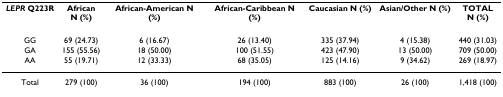
| LEPR Q223R | AfricanN (%) | African-American N (%) | African-Caribbean N (%) | Caucasian N (%) | Asian/Other N (%) | TOTALN (%) |
 | --- | --- | --- | --- | --- | --- | --- |
 | GG | 69 (24.73) | 6 (16.67) | 26 (13.40) | 335 (37.94) | 4 (15.38) | 440 (31.03) |
 | GA | 155 (55.56) | 18 (50.00) | 100 (51.55) | 423 (47.90) | 13 (50.00) | 709 (50.00) |
 | AA | 55 (19.71) | 12 (33.33) | 68 (35.05) | 125 (14.16) | 9 (34.62) | 269 (18.97) |
 | Total | 279 (100) | 36 (100) | 194 (100) | 883 (100) | 26 (100) | 1,418 (100) |